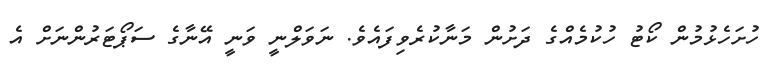
ހުށަހެޅުމުން ކޯޓު ހުކުމެއްގެ ދަށުން މަނާކުރެވިފައެވެ. ނަވަލްނީ ވަނީ އޭނާގެ ސަޕޯޓަރުންނަށް އެ